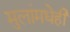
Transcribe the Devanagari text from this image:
मुलांमधेही